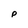
Character: p